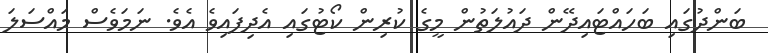
ބަންދުގައި ބަހައްޓައިދޭން ދައުލަތުން މީގެ ކުރިން ކޯޓުގައި އެދިފައިވެ އެވެ. ނަމަވެސް މައްސަލަ